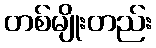
တစ်မျိုးတည်း